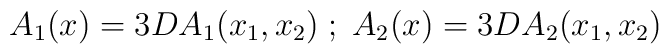
A_1(x)=3DA_1(x_1,x_2)\; ; \; A_2(x)=3DA_2(x_1,x_2)